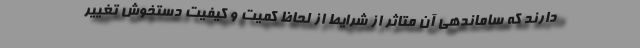
دارند که ساماندهی آن متاثر از شرایط از لحاظ کمیت و کیفیت دستخوش تغییر